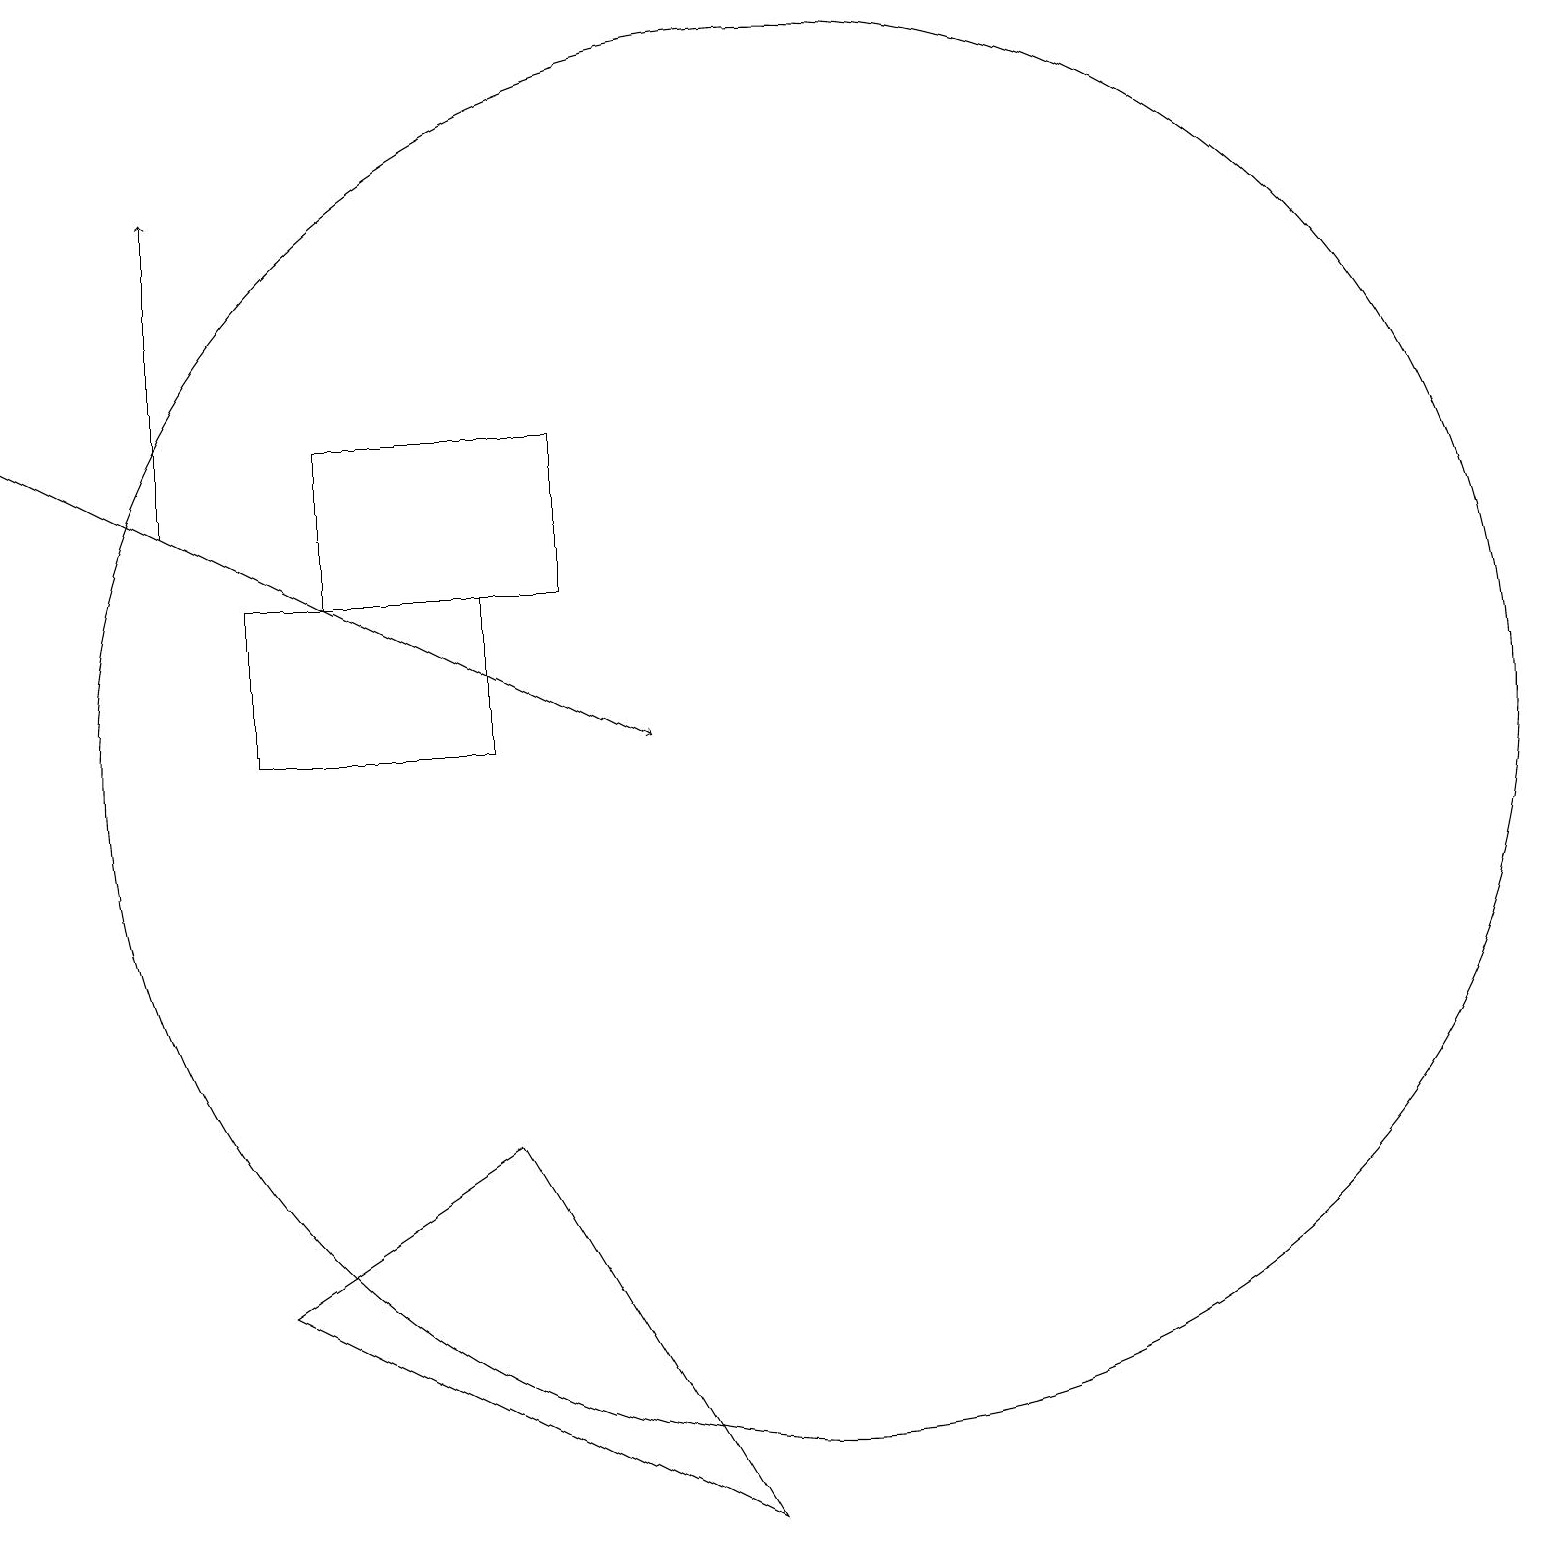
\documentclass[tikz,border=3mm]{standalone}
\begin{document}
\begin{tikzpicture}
\draw (7,12) rectangle (4,14);
\draw (6,5) -- (3,3) -- (9,0) -- cycle;
\draw[->] (2,13) -- (2,17);
\draw (10,10) circle (9);
\draw (10,10) circle (0);
\draw (3,12) rectangle (6,10);
\draw[->] (0,14) -- (8,10);
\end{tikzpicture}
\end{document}